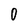
Character: 0